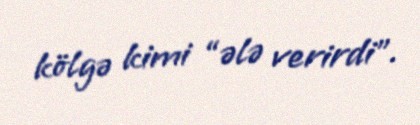
kölgə kimi “ələ verirdi”.